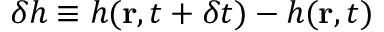
\delta h \equiv h ( \mathbf { r } , t + \delta t ) - h ( \mathbf { r } , t )